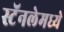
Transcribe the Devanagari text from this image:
स्टॅनलेमध्ये